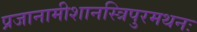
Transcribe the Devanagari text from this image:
प्रजानामीशानस्त्रिपुरमथनः